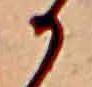
か